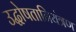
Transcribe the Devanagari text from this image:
उद्घोषतानियंत्रण